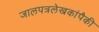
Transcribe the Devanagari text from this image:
जालपत्रलेखकांपैकी